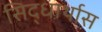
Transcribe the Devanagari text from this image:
सिद्धार्थास